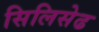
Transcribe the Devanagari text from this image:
सिलिसेढ